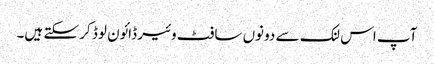
آپ اس لنک سے دونوں سافٹ وئیر ڈائون لوڈ کر سکتے ہیں۔